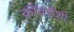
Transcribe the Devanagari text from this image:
कीवर्डशी